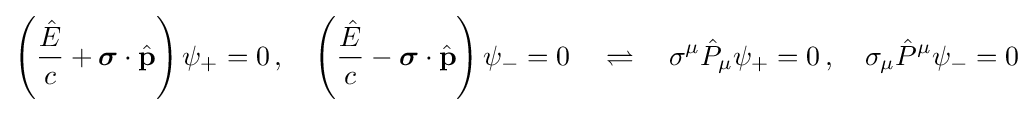
\left({\frac {\hat {E}}{c}}+{\boldsymbol {\sigma }}\cdot {\hat {\mathbf {p} }}\right)\psi _{+}=0\,,\quad \left({\frac {\hat {E}}{c}}-{\boldsymbol {\sigma }}\cdot {\hat {\mathbf {p} }}\right)\psi _{-}=0\quad \rightleftharpoons \quad \sigma ^{\mu }{\hat {P}}_{\mu }\psi _{+}=0\,,\quad \sigma _{\mu }{\hat {P}}^{\mu }\psi _{-}=0